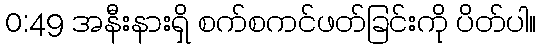
0:49 အနီးနားရှိ စက်စကင်ဖတ်ခြင်းကို ပိတ်ပါ။